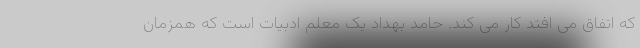
که اتفاق می افتد کار می کند. حامد بهداد یک معلم ادبیات است که همزمان